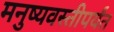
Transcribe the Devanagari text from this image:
मनुष्यवस्तीपर्यंत